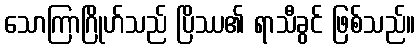
သောကြာဂြိုဟ်သည် ပြိဿ၏ ရာသီခွင် ဖြစ်သည်။